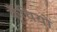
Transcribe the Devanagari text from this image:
कूँचियों